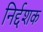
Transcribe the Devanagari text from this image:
निर्द्दशक